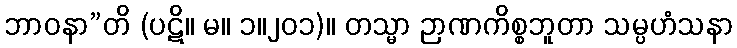
ဘာဝနာ”တိ (ပဋိ။ မ။ ၁။၂၀၁)။ တသ္မာ ဉာဏကိစ္စဘူတာ သမ္ပဟံသနာ